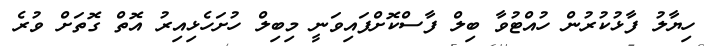
ހިޔާލު ފާޅުކުރުން ހުއްޓުވާ ބިލް ފާސްކޮށްފައިވަނީ މިބިލް ހުށަހެޅިއިރު އޮތް ގޮތަށް ވުރެ